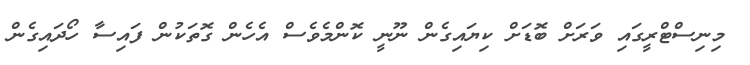
މިނިސްޓްރީގައި ވަރަށް ބޮޑަށް ކިޔައިގެން ނޫނީ ކޮންމެވެސް އެހެން ގޮތަކުން ފައިސާ ހޯދައިގެން